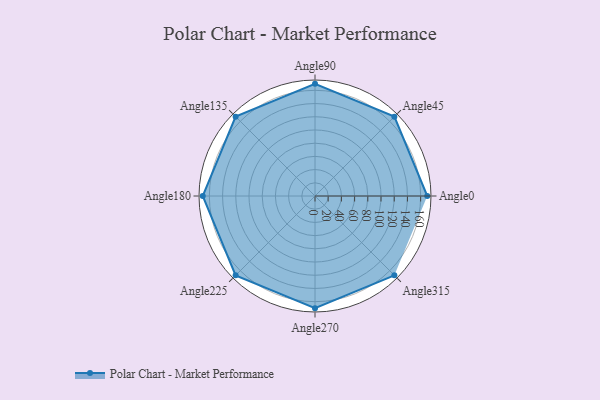
{"axis": {"x": "Angle", "y": "Radius"}, "legend": [""], "data": [{"x": "Angle0", "y": 170, "type": ""}, {"x": "Angle45", "y": 170, "type": ""}, {"x": "Angle90", "y": 170, "type": ""}, {"x": "Angle135", "y": 170, "type": ""}, {"x": "Angle180", "y": 170, "type": ""}, {"x": "Angle225", "y": 170, "type": ""}, {"x": "Angle270", "y": 170, "type": ""}, {"x": "Angle315", "y": 170, "type": ""}]}